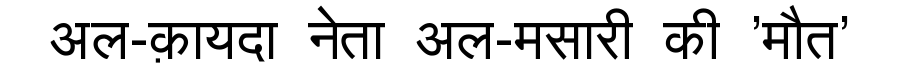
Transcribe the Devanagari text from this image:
अल-क़ायदा नेता अल-मसारी की 'मौत'